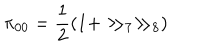
\pi _ { 0 0 } = \frac { 1 } { 2 } \left( 1 + \gg _ { 7 } \gg _ { 8 } \right)